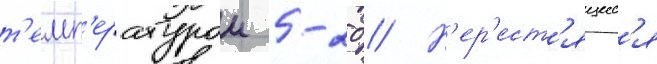
т'емп'ературои 5-20 // Н'ер'ест'ящиес'я